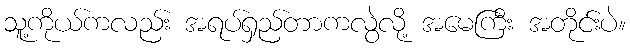
သူ့ကိုယ်ကလည်း အရပ်ရှည်တာကလွဲလို့ အမေကြီး အတိုင်းပဲ။